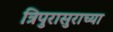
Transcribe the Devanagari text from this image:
त्रिपुरासुराच्या